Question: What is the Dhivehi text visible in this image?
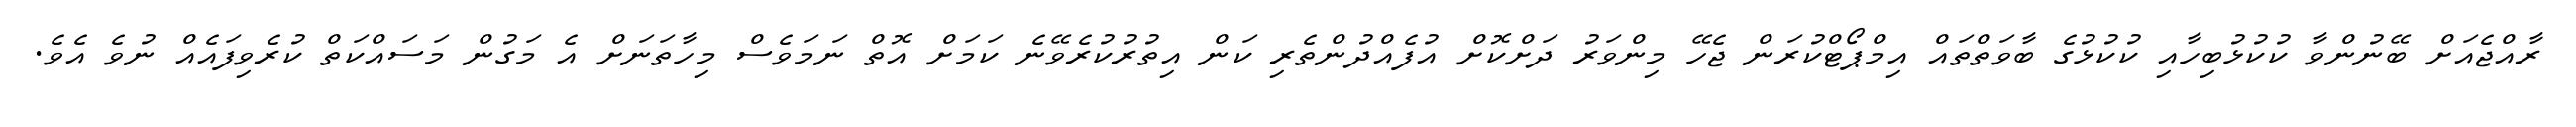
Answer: ރާއްޖެއަށް ބޭނުންވާ ކުކުޅުބިހާއި ކުކުޅުގެ ބާވަތްތައް އިމްޕޯޓްކުރަން ޖެހޭ މިންވަރު ދަށްކޮށް އުފެއްދުންތެރި ކަން އިތުރުކުރެވޭނެ ކަމަށް އޮތް ނަމަވެސް މިހާތަނަށް އެ މަގުން މަސައްކަތް ކުރެވިފައެއް ނުވެ އެވެ.